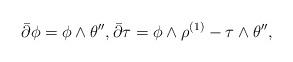
LaTeX: \begin{align*} \bar\partial \phi = \phi \wedge \theta'' , \bar\partial \tau = \phi \wedge \rho^{(1)} - \tau \wedge \theta'' , \end{align*}